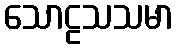
သောဠသသမာ